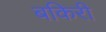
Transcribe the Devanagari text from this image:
बकिरी